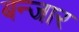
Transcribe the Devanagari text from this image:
बन्जार